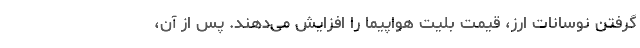
گرفتن نوسانات ارز، قیمت بلیت هواپیما را افزایش می‌دهند. پس از آن،